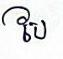
បែ